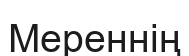
Мереннің